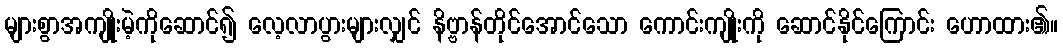
များစွာအကျိုးမဲ့ကိုဆောင်၍ လေ့လာပွားများလျှင် နိဗ္ဗာန်တိုင်အောင်သော ကောင်းကျိုးကို ဆောင်နိုင်ကြောင်း ဟောထား၏။